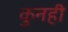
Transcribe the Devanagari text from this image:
कुनही